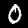
Digit: 0